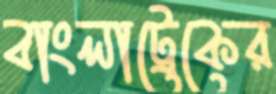
বাংলাট্রেকের